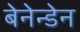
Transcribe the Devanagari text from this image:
बेनेन्डेन